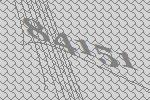
84151